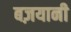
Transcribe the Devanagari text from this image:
बज़यानी